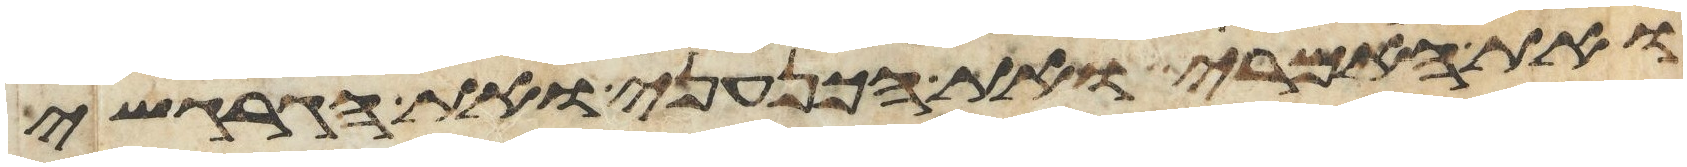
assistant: ואת האמרי ואת הכנעני ואת הגרגשי